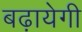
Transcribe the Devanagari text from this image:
बढ़ायेगी